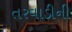
તરવાડીની